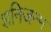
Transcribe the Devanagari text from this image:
शनिजन्म